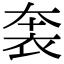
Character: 𧙐